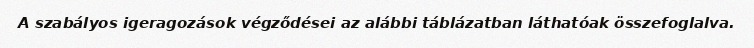
A szabályos igeragozások végződései az alábbi táblázatban láthatóak összefoglalva.